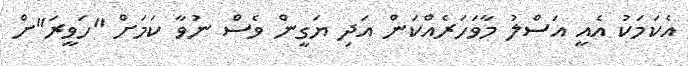
އެކަމަކު އެއީ އަސްލު މާވަހަރެއްކަން އަދި ޔަގީން ވެސް ނުވާ ކަމަށް "ހަވީރަ"ށް